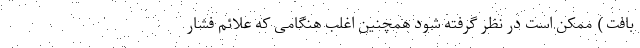
بافت ) ممکن است در نظر گرفته شود همچنین اغلب هنگامی که علائم فشار